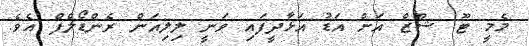
މެމީ ޓޫ ޝޫޒް އަށް އަޑު އަޅާދީފައި ވަނީ ލިލިއަން ރެންޑޯލްފް އެވެ.